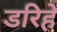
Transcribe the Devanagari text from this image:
डरिहें